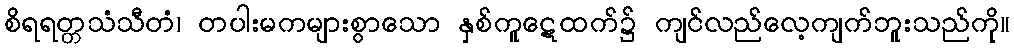
စိရရတ္တသံသီတံ၊ တပါးမကများစွာသော နှစ်ကူဋေထက်၌ ကျင်လည်လေ့ကျက်ဘူးသည်ကို။